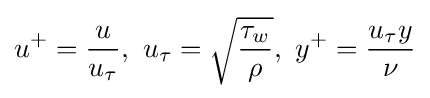
u^{+}={\frac {u}{u_{\tau }}},~u_{\tau }={\sqrt {\frac {{\tau }_{w}}{\rho }}},~y^{+}={\frac {u_{\tau }y}{\nu }}